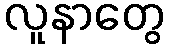
လူနာတွေ